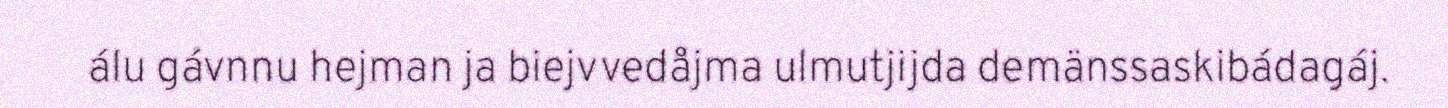
álu gávnnu hejman ja biejvvedåjma ulmutjijda demänssaskibádagáj.